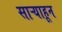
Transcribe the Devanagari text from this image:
साऱ्याहून